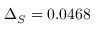
\Delta _ { S } = 0 . 0 4 6 8